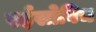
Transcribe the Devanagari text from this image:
रईसोविच